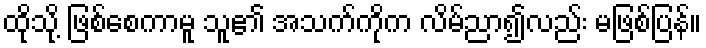
ထိုသို့ ဖြစ်စေကာမူ သူ၏ အသက်ကိုက လိမ်ညာ၍လည်း မဖြစ်ပြန်။